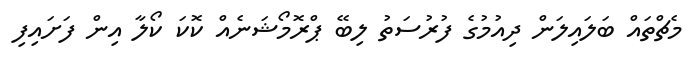
މެޗްތައް ބަލައިލަން ދިއުމުގެ ފުރުސަތު ލިބޭ ޕްރޮމޯޝަނެއް ކޮކަ ކޯލާ އިން ފަށައިފި